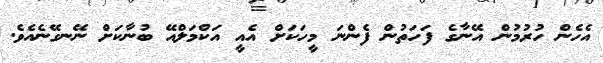
އެހެން ހުރުމުން އޭނާގެ ފަހަތުން ފެންނަ މީހަކަށް އެއީ އަކްމަލްއޭ ބުނާކަށް ނޭނގޭނެއެވެ.